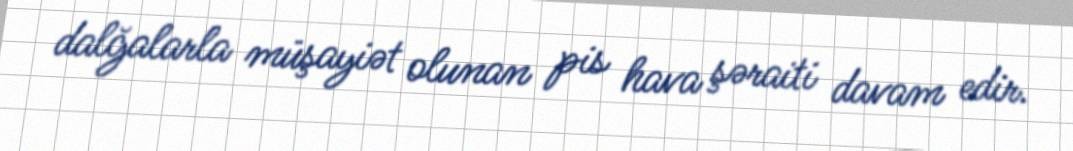
dalğalarla müşayiət olunan pis hava şəraiti davam edir.